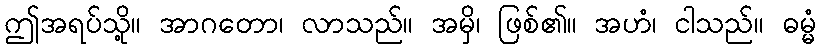
ဤအရပ်သို့။ အာဂတော၊ လာသည်။ အမှိ၊ ဖြစ်၏။ အဟံ၊ ငါသည်။ ဓမ္မံ